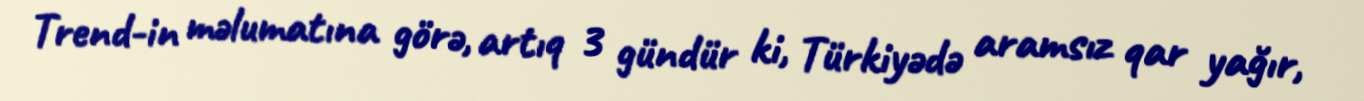
Trend-in məlumatına görə, artıq 3 gündür ki, Türkiyədə aramsız qar yağır,